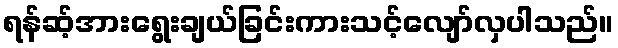
ရန်ဆ့်အားရွေးချယ်ခြင်းကားသင့်လျော်လှပါသည်။